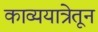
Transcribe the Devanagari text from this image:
काव्ययात्रेतून